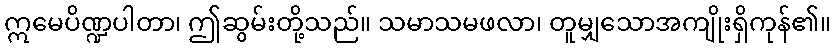
ဣမေပိဏ္ဍပါတာ၊ ဤဆွမ်းတို့သည်။ သမာသမဖလာ၊ တူမျှသောအကျိုးရှိကုန်၏။